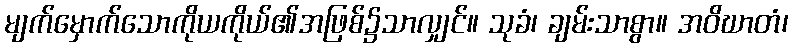
မျက်မှောက်သောကိုယကိုယ်၏အဖြစ်၌သာလျှင်။ သုခံ၊ ချမ်းသာစွာ။ အဝိဃာတံ၊